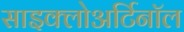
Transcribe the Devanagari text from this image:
साइक्लोअर्टिनॉल